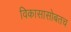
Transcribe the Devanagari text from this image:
विकासासोबतच